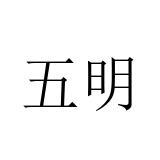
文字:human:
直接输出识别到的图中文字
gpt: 五明